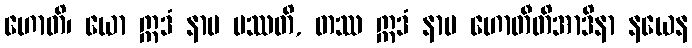
ဟောတိ၊ ယော ဣဒံ နာမ ပဿတိ, တဿ ဣဒံ နာမ ဟောတီတိအာဒိနာ နယေန